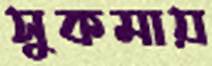
সুকমায়